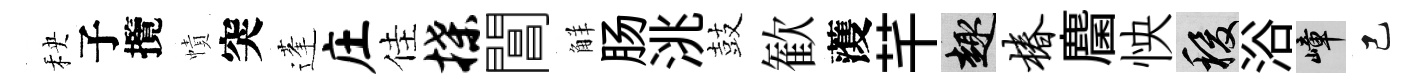
秧子攬幘突蓬庄佳揲閶觧肠洮鼓歓𮑮芊趣椿麕怏稷浴嶂己